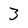
Character: 3